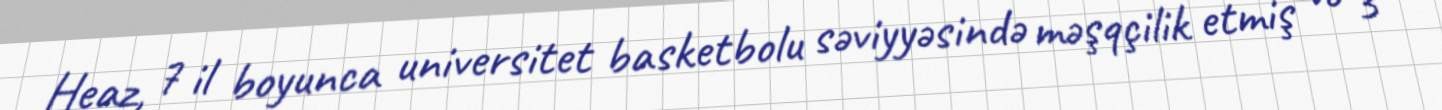
Heaz, 7 il boyunca universitet basketbolu səviyyəsində məşqçilik etmiş və 3